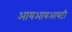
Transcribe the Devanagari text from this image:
आयआयआयटी